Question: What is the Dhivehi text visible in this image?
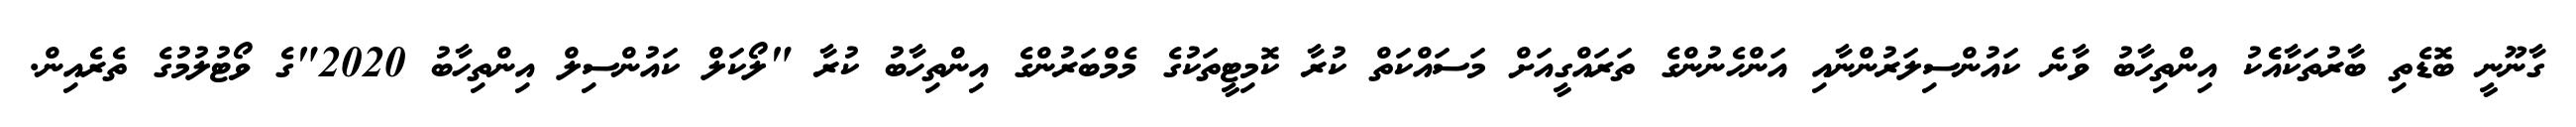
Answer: ގާނޫނީ ބޮޑެތި ބާރުތަކާއެެކު އިންތިހާބު ވާނެ ކައުންސިލަރުންނާއި އަންހެނުންގެ ތަރައްގީއަށް މަސައްކަތް ކުރާ ކޮމިޓީތަކުގެ މެމްބަރުންގެ އިންތިހާބު ކުރާ "ލޯކަލް ކައުންސިލް އިންތިހާބު 2020"ގެ ވޯޓުލުމުގެ ތެރެއިން.